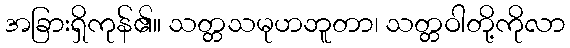
အခြားရှိကုန်၏။ သတ္တသမုဟဘူတာ၊ သတ္တဝါတို့ကိုလာ